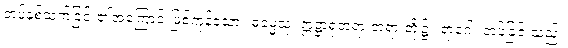
တပ်နှစ်သက်ခြင်း၏အကြောင်းဖြစ်ကုန်သော။ ဓမ္မေသု၊ ဣဋ္ဌာရုံတရားတရားတို့၌။ ရာဂေါ၊ တပ်ခြင်းသည်။